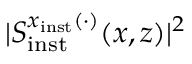
\vert S _ { \mathrm { i n s t } } ^ { x _ { \mathrm { i n s t } } ( \cdot ) } ( x , z ) \vert ^ { 2 }